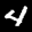
Label: 4